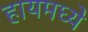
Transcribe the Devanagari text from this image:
हायमध्ये